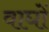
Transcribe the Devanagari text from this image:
वाघों